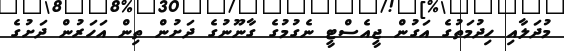
މުދަލާއި ހިދުމަތުގެ އަގުން ޖީއެސްޓީ ނެގުމުގެ ގާނޫނުގެ ދަށުން ތިން އަހަރުން ދަށުގެ